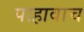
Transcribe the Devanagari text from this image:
पाहावाच